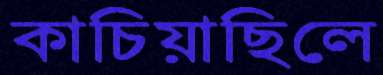
কাচিয়াছিলে